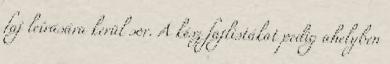
faj leírására kerül sor. A kész fajlistákat pedig ahelyben